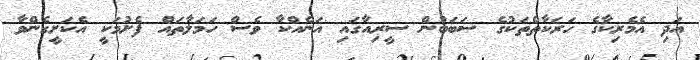
އަދި އެމެރިކާގެ ހަރަކާތްތަކުގެ ސަބަބުން ސީރިއާގައި އަނެއްކާ ވެސް ހަމަލާތައް ފެށުމަކީ އެކަށީގެންވާ